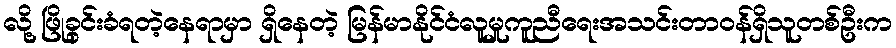
လို့ ဖြိုခွင်းခံရတဲ့နေရာမှာ ရှိနေတဲ့ မြန်မာနိုင်ငံလူမှုကူညီရေးအသင်းတာဝန်ရှိသူတစ်ဦးက